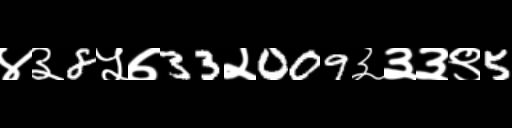
Text: ४३8५७33२009३३३९5